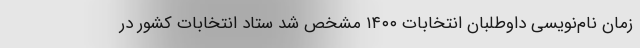
زمان نام‌نویسی داوطلبان انتخابات ۱۴۰۰ مشخص شد ستاد انتخابات کشور در